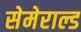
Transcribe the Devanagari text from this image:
सेमेराल्ड